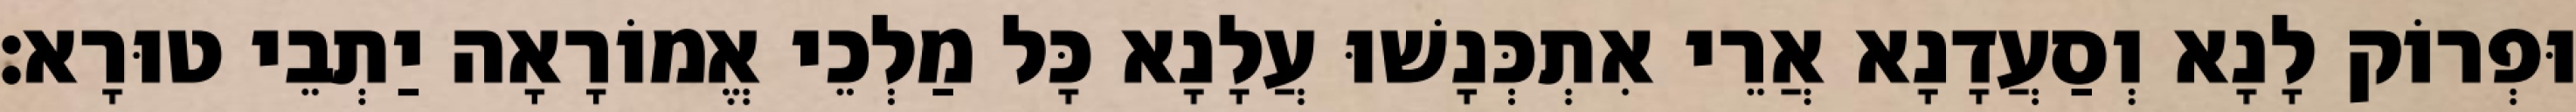
וּפְרוֹק לָנָא וְסַעֲדָנָא אֲרֵי אִתְכְּנָשׁוּ עֲלָנָא כָּל מַלְכֵי אֱמוֹרָאָה יַתְבֵי טוּרָא׃